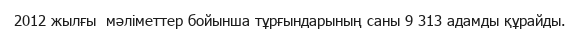
2012 жылғы  мәліметтер бойынша тұрғындарының саны 9 313 адамды құрайды.